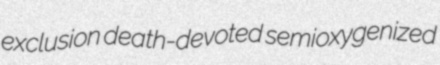
exclusion death-devoted semioxygenized